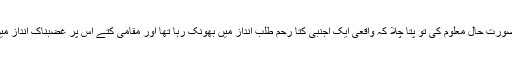
پھر جب لوگوں نے صورتِ حال معلوم کی تو پتا چلا کہ واقعی ایک اجنبی کتا رحم طلب انداز میں بھونک رہا تھا اور مقامی کتے اس پر غضبناک انداز میں بھونک رہے تھے۔